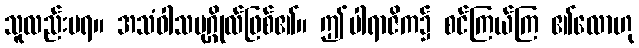
သူလည်းမရ။ အသံဝါသပုဂ္ဂိုလ်ဖြစ်၏။ ဤပါရာဇိက၌ စင်ကြယ်ကြ ၏လောဟု